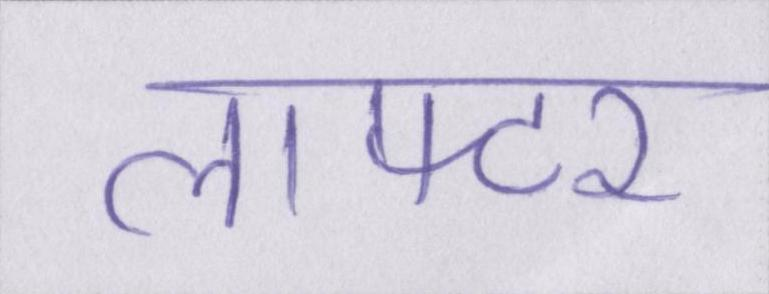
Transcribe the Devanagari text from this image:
लाफ्टर